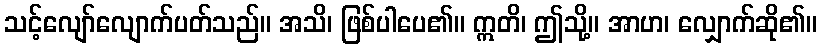
သင့်လျော်လျောက်ပတ်သည်။ အသိ၊ ဖြစ်ပါပေ၏။ ဣတိ၊ ဤသို့။ အာဟ၊ လျှောက်ဆို၏။